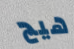
هيج